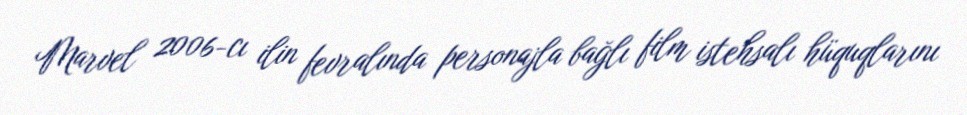
Marvel 2006-cı ilin fevralında personajla bağlı film istehsalı hüquqlarını